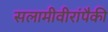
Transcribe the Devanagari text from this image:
सलामीवीरांपैकी